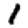
Digit: 1